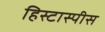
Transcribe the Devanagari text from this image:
हिस्टास्पीस